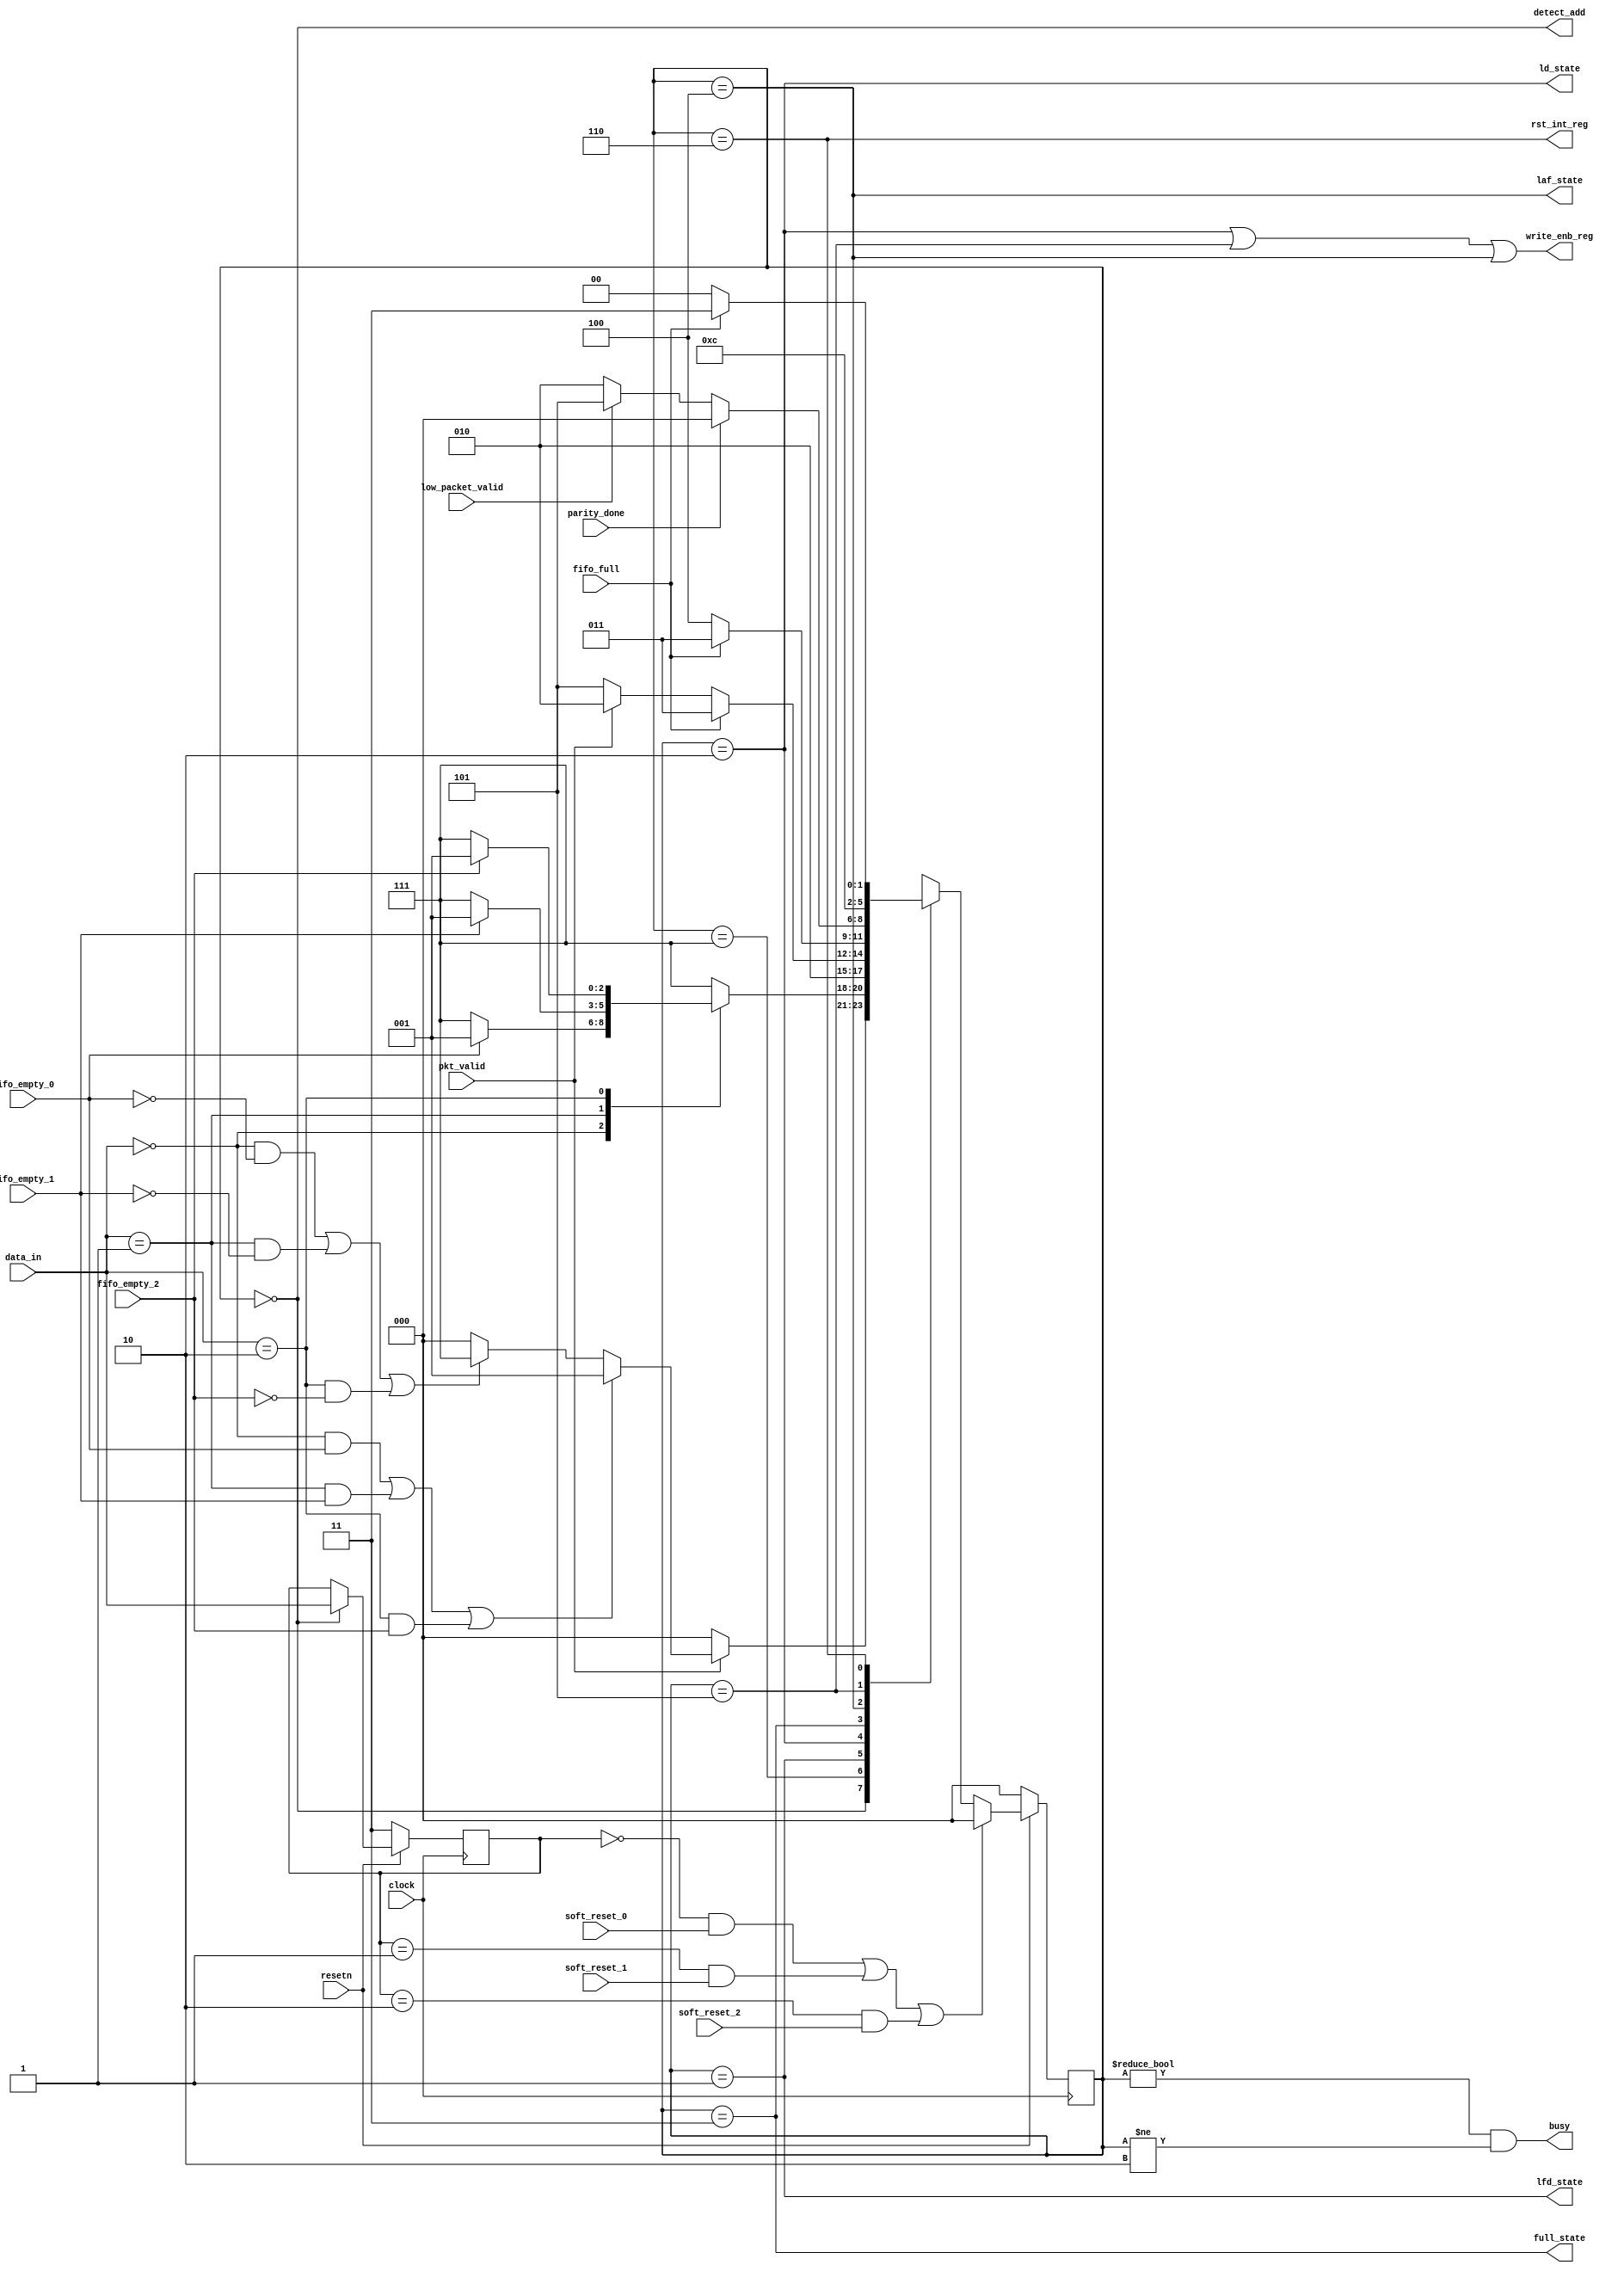
module router_fsm(input clock,resetn,pkt_valid,fifo_full,fifo_empty_0,fifo_empty_1,fifo_empty_2,soft_reset_0,soft_reset_1,soft_reset_2,parity_done,low_packet_valid,
				  input[1:0] data_in,
				  output write_enb_reg,detect_add,ld_state,laf_state,lfd_state,full_state,rst_int_reg,busy);
				  
	parameter DECODE_ADDRESS = 3'b000,
			  LOAD_FIRST_DATA = 3'b001,
			  LOAD_DATA = 3'b010,
			  FIFO_FULL_STATE = 3'b011,
			  LOAD_AFTER_FULL = 3'b100,
			  LOAD_PARITY = 3'b101,
			  CHECK_PARITY_ERROR = 3'b110,
			  WAIT_TILL_EMPTY = 3'b111;
			  
	reg[2:0] state,next_state;
	reg[1:0] addr;
	
	always@(posedge clock)
	if(!resetn)state <= DECODE_ADDRESS;
	else if((addr==2'd0 && soft_reset_0) || (addr==2'd1 && soft_reset_1) || (addr==2'd2 && soft_reset_2))state <= DECODE_ADDRESS;
	else state <= next_state;
	
	always@(posedge clock)
	if(!resetn)addr <= 2'b11;
	else if(state==DECODE_ADDRESS)addr <= data_in;
	else addr <= addr;
	
	always@(*)
		case(state)
			DECODE_ADDRESS: if(pkt_valid)
							begin
								if((data_in==2'd0 && fifo_empty_0)||(data_in==2'd1 && fifo_empty_1)||(data_in==2'd2 && fifo_empty_2))
								next_state <= LOAD_FIRST_DATA;
								else if((data_in==2'd0 && !fifo_empty_0)||(data_in==2'd1 && !fifo_empty_1)||(data_in==2'd2 && !fifo_empty_2))
								next_state <= WAIT_TILL_EMPTY;
								else next_state <= DECODE_ADDRESS;
							end
							else next_state <= DECODE_ADDRESS;
			WAIT_TILL_EMPTY: begin
								next_state <= WAIT_TILL_EMPTY;
								case(data_in)
									0: if(fifo_empty_0)next_state <= LOAD_FIRST_DATA;
									1: if(fifo_empty_1)next_state <= LOAD_FIRST_DATA;
									2: if(fifo_empty_2)next_state <= LOAD_FIRST_DATA;
								endcase
							end
			LOAD_FIRST_DATA: next_state <= LOAD_DATA;
			LOAD_DATA: next_state <= fifo_full ? FIFO_FULL_STATE : pkt_valid ? LOAD_DATA : LOAD_PARITY;
			FIFO_FULL_STATE: next_state <= fifo_full ? FIFO_FULL_STATE : LOAD_AFTER_FULL;
			LOAD_AFTER_FULL: next_state <= parity_done ? DECODE_ADDRESS : low_packet_valid ? LOAD_PARITY : LOAD_DATA;
			LOAD_PARITY: next_state <= CHECK_PARITY_ERROR;
			CHECK_PARITY_ERROR: next_state <= fifo_full ? FIFO_FULL_STATE : DECODE_ADDRESS;
		endcase
		
	assign detect_add = state==DECODE_ADDRESS;
	assign lfd_state = state==LOAD_FIRST_DATA;
	assign ld_state = state==LOAD_DATA;
	assign write_enb_reg = (state==LOAD_DATA) || (state==LOAD_PARITY) || (state==LOAD_AFTER_FULL);
	assign busy = (state!=DECODE_ADDRESS) && (state!=LOAD_DATA);
	assign laf_state = state==LOAD_AFTER_FULL;
	assign full_state = state==FIFO_FULL_STATE;
	assign rst_int_reg = state==CHECK_PARITY_ERROR;
endmodule